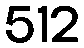
512